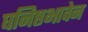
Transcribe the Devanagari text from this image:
घनिष्ठभावेन